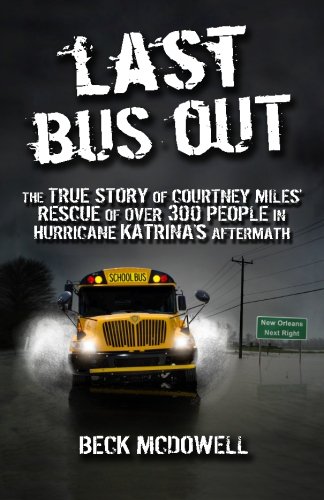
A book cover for Last Bus Out; Beck McDowell; Science & Math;